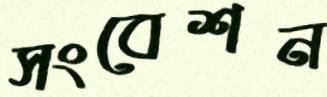
সংবেশন